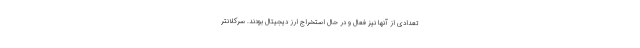
تعدادی از آنها نیز فعال و در حال استخراج ارز دیجیتال بودند. سرکلانتر